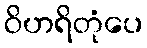
ဝိဟရိတုံပေ